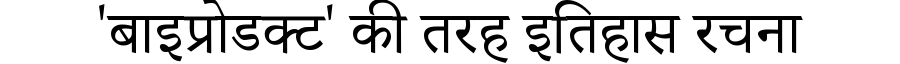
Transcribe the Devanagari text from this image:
'बाइप्रोडक्ट' की तरह इतिहास रचना